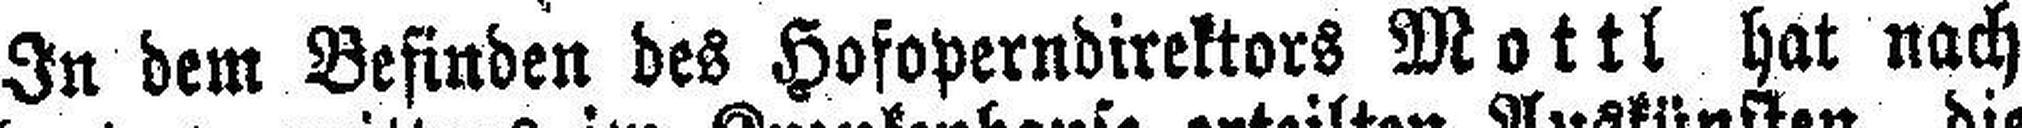
In dem Befinden des Hofoperndirektors Mottl hat nach